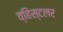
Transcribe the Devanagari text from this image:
व्हिस्टलर